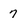
Character: 7